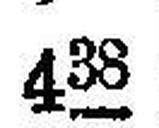
438